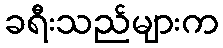
ခရီးသည်များက